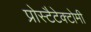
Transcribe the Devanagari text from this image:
प्रोस्टैटेक्टोमी